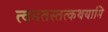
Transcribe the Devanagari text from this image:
त्वमतस्तत्कथयामि